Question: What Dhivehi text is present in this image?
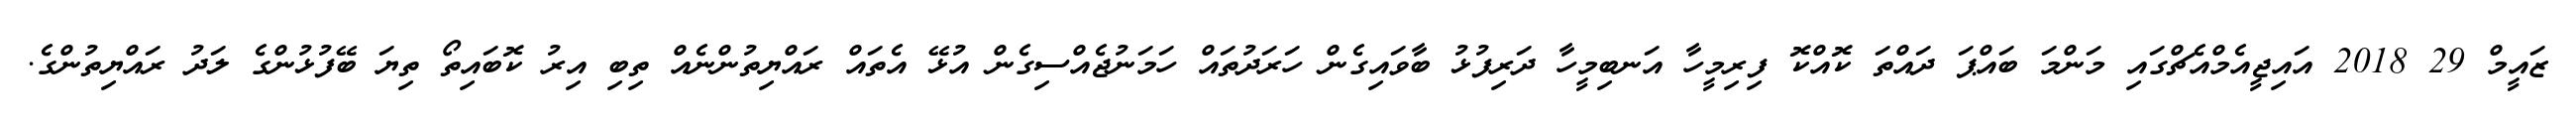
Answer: ޒައީމް 29 2018 އައިޖީއެމްއެޗްގައި މަންމަ ބައްޕަ ދައްތަ ކޮއްކޮ ފިރިމީހާ އަނބިމީހާ ދަރިފުޅު ބާވައިގެން ހަރަދުތައް ހަމަނުޖެއްސިގެން އުޅޭ އެތައް ރައްޔިތުންނެއް ތިބި އިރު ކޮބައިތޯ ތިޔަ ބޭފުޅުންގެ ލަދު ރައްޔިތުންގެ.